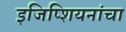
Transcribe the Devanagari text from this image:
इजिप्शियनांचा